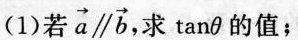
(1)若\overrightarrow{a} \parallel \overrightarrow{b}求tanθ 的值；